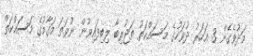
މަދުވެގެން 3 އަހަރު ދުވަހުގެ މަސައްކަތު ތަޖުރިބާ ލިބިފައިވުން ނުވަތަ މަގާމުގެ މަސައްކަތް